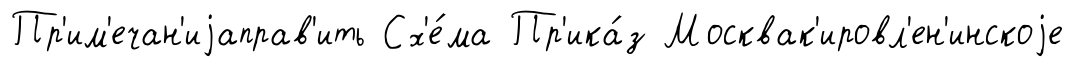
Пр'им'ечан'иjаправ'ить Сх'е́ма Пр'ика́з Москвак'ировл'ен'инскоjе